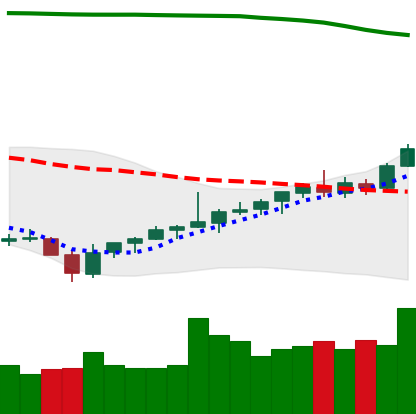
Ticker: TRX-USD
Chart end date: 2021-08-05
Forward return: 6.45%
Label: up_5_7